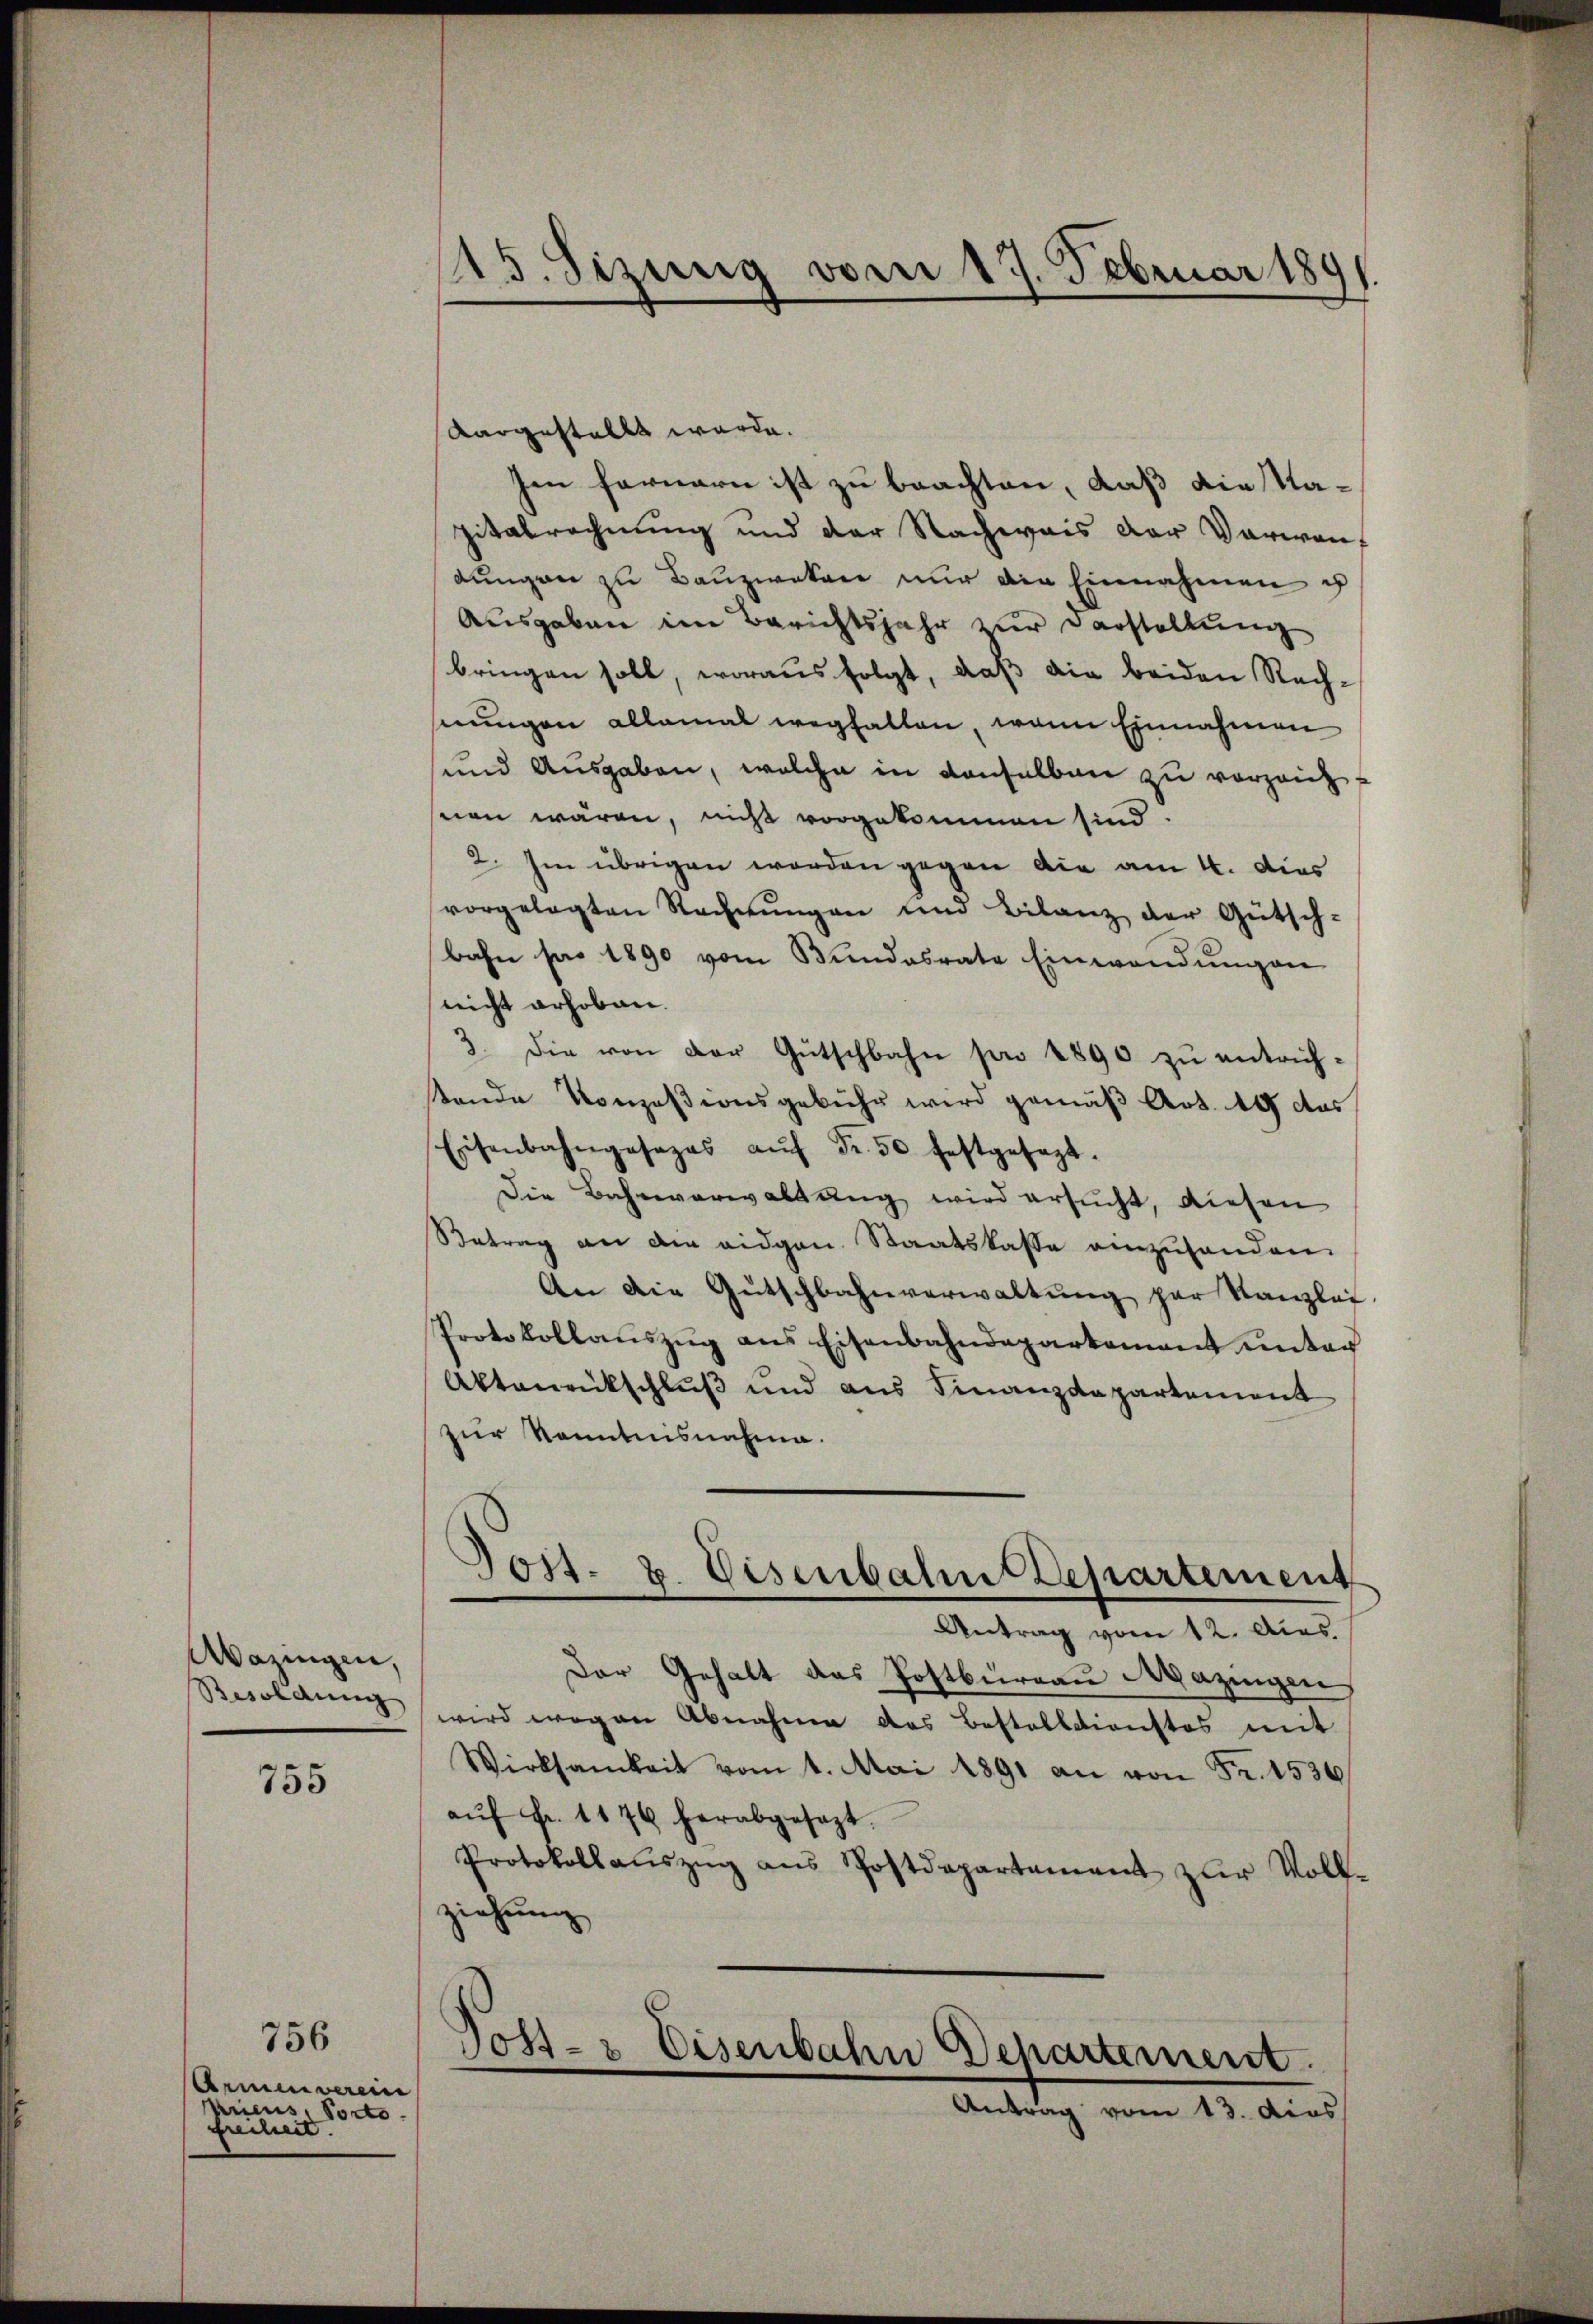
Wazingen,
Besoldung

755

756
Armenverein
Aricus Porto
freiheit.

15. Sizung vom 17. Februar 180

aargestellt werde.
Im fernern ist zu beachten, daß die Napitalrechnung und der Nachweis der Verwan
dungen zu Bauzweten nur die Einnahmen u
Ausgaben im Berichtsjahr zur Darstellung
bringen soll, woraus folgt, daß die beiden Rech-
hnungen allemal wegfallen, wenn Einnahmen
und Ausgaben, welche in denselben zu vorzeich
nen wären, nicht vorgekommen sind.
2. Im übrigen worden gegen die am 4. dies
vorgelegten Rechnŭngen und Bilanz der Gütsch-
bahn pro 1890 vom Bundesrate Einwendŭngen
nicht erhoben.
3. die von der Gütschbahn pro 1890 zŭ entrichstande Konzesionsgebühr wird gemäß Art. 19 des
Eisenbahngesezes aŭf Fr. 50. festgesezt.
Die Bahnverwaltung wird ersucht, diesen
Retrag an die eidgen. Staatskasse einzuhanden.
An die Gŭtschbahnverwaltŭng par Kanzlei.
Protokollauszug aus Eisenbahndepartamant unter
Aktenrückschluß und aus Finanzdepartement
zur Kenntnisnahme.
Post. u. Eisenbahn Departement
e
Antrag vom 12. Aus
Der Gehalt das Postburgau Mazingen
wird wegen Abnahme das Bestelldienstes mit
Wirksamkeit vom 1. Mai 1891 an von Fr. 1536
aŭf Fr. 1176 herabgesezt.
Protokollaŭszŭg ans Postdepartement zŭr Voll-
ziehung

Post- & Eisenbahn chartement
Antrag vom 13. dies